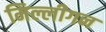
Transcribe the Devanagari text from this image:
मिल्लीगन